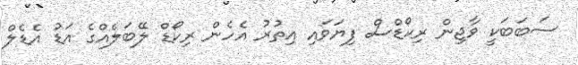
ސަބަބަކީ ވާޖިން ރިކޯޑްސް ފިޔަވައި އިތުރު އެހެން ރިކޯޑް ލޭބަލެއްގެ އަޑު އެޑެލް